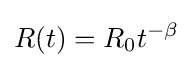
R(t)=R_{0}t^{-\beta }